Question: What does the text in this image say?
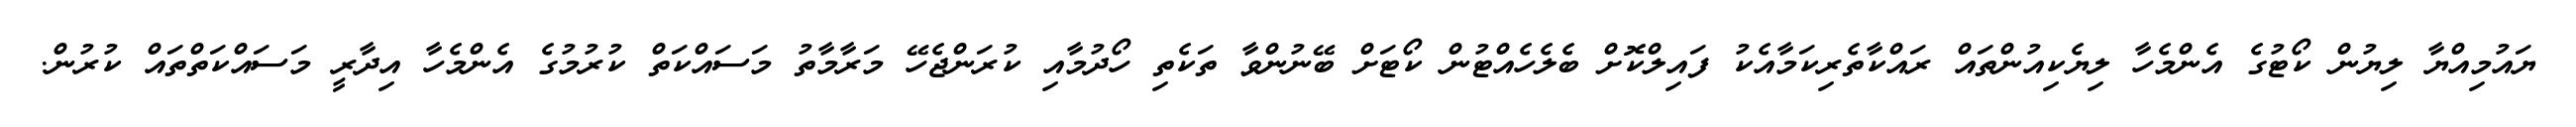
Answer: ޔައުމިއްޔާ ލިޔުން ކޯޓުގެ އެންމެހާ ލިޔެކިއުންތައް ރައްކާތެރިކަމާއެކު ފައިލްކޮށް ބެލެހެއްޓުން ކޯޓަށް ބޭނުންވާ ތަކެތި ހޯދުމާއި ކުރަންޖެހޭ މަރާމާތު މަސައްކަތް ކުރުމުގެ އެންމެހާ އިދާރީ މަސައްކަތްތައް ކުރުން.